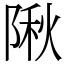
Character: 𨺹